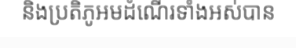
និងប្រតិភូអមដំណើរទាំងអស់បាន